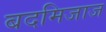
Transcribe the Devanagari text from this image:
बदमिजाज